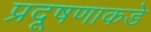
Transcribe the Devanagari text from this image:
प्रदूषणाकडे